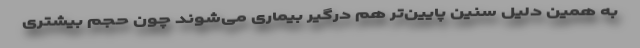
به همین دلیل سنین پایین‌تر هم درگیر بیماری می‌شوند چون حجم بیشتری